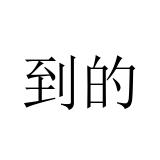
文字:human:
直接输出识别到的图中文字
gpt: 到的